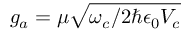
g _ { a } = \mu \sqrt { \omega _ { c } / 2 \hbar \epsilon _ { 0 } V _ { c } }